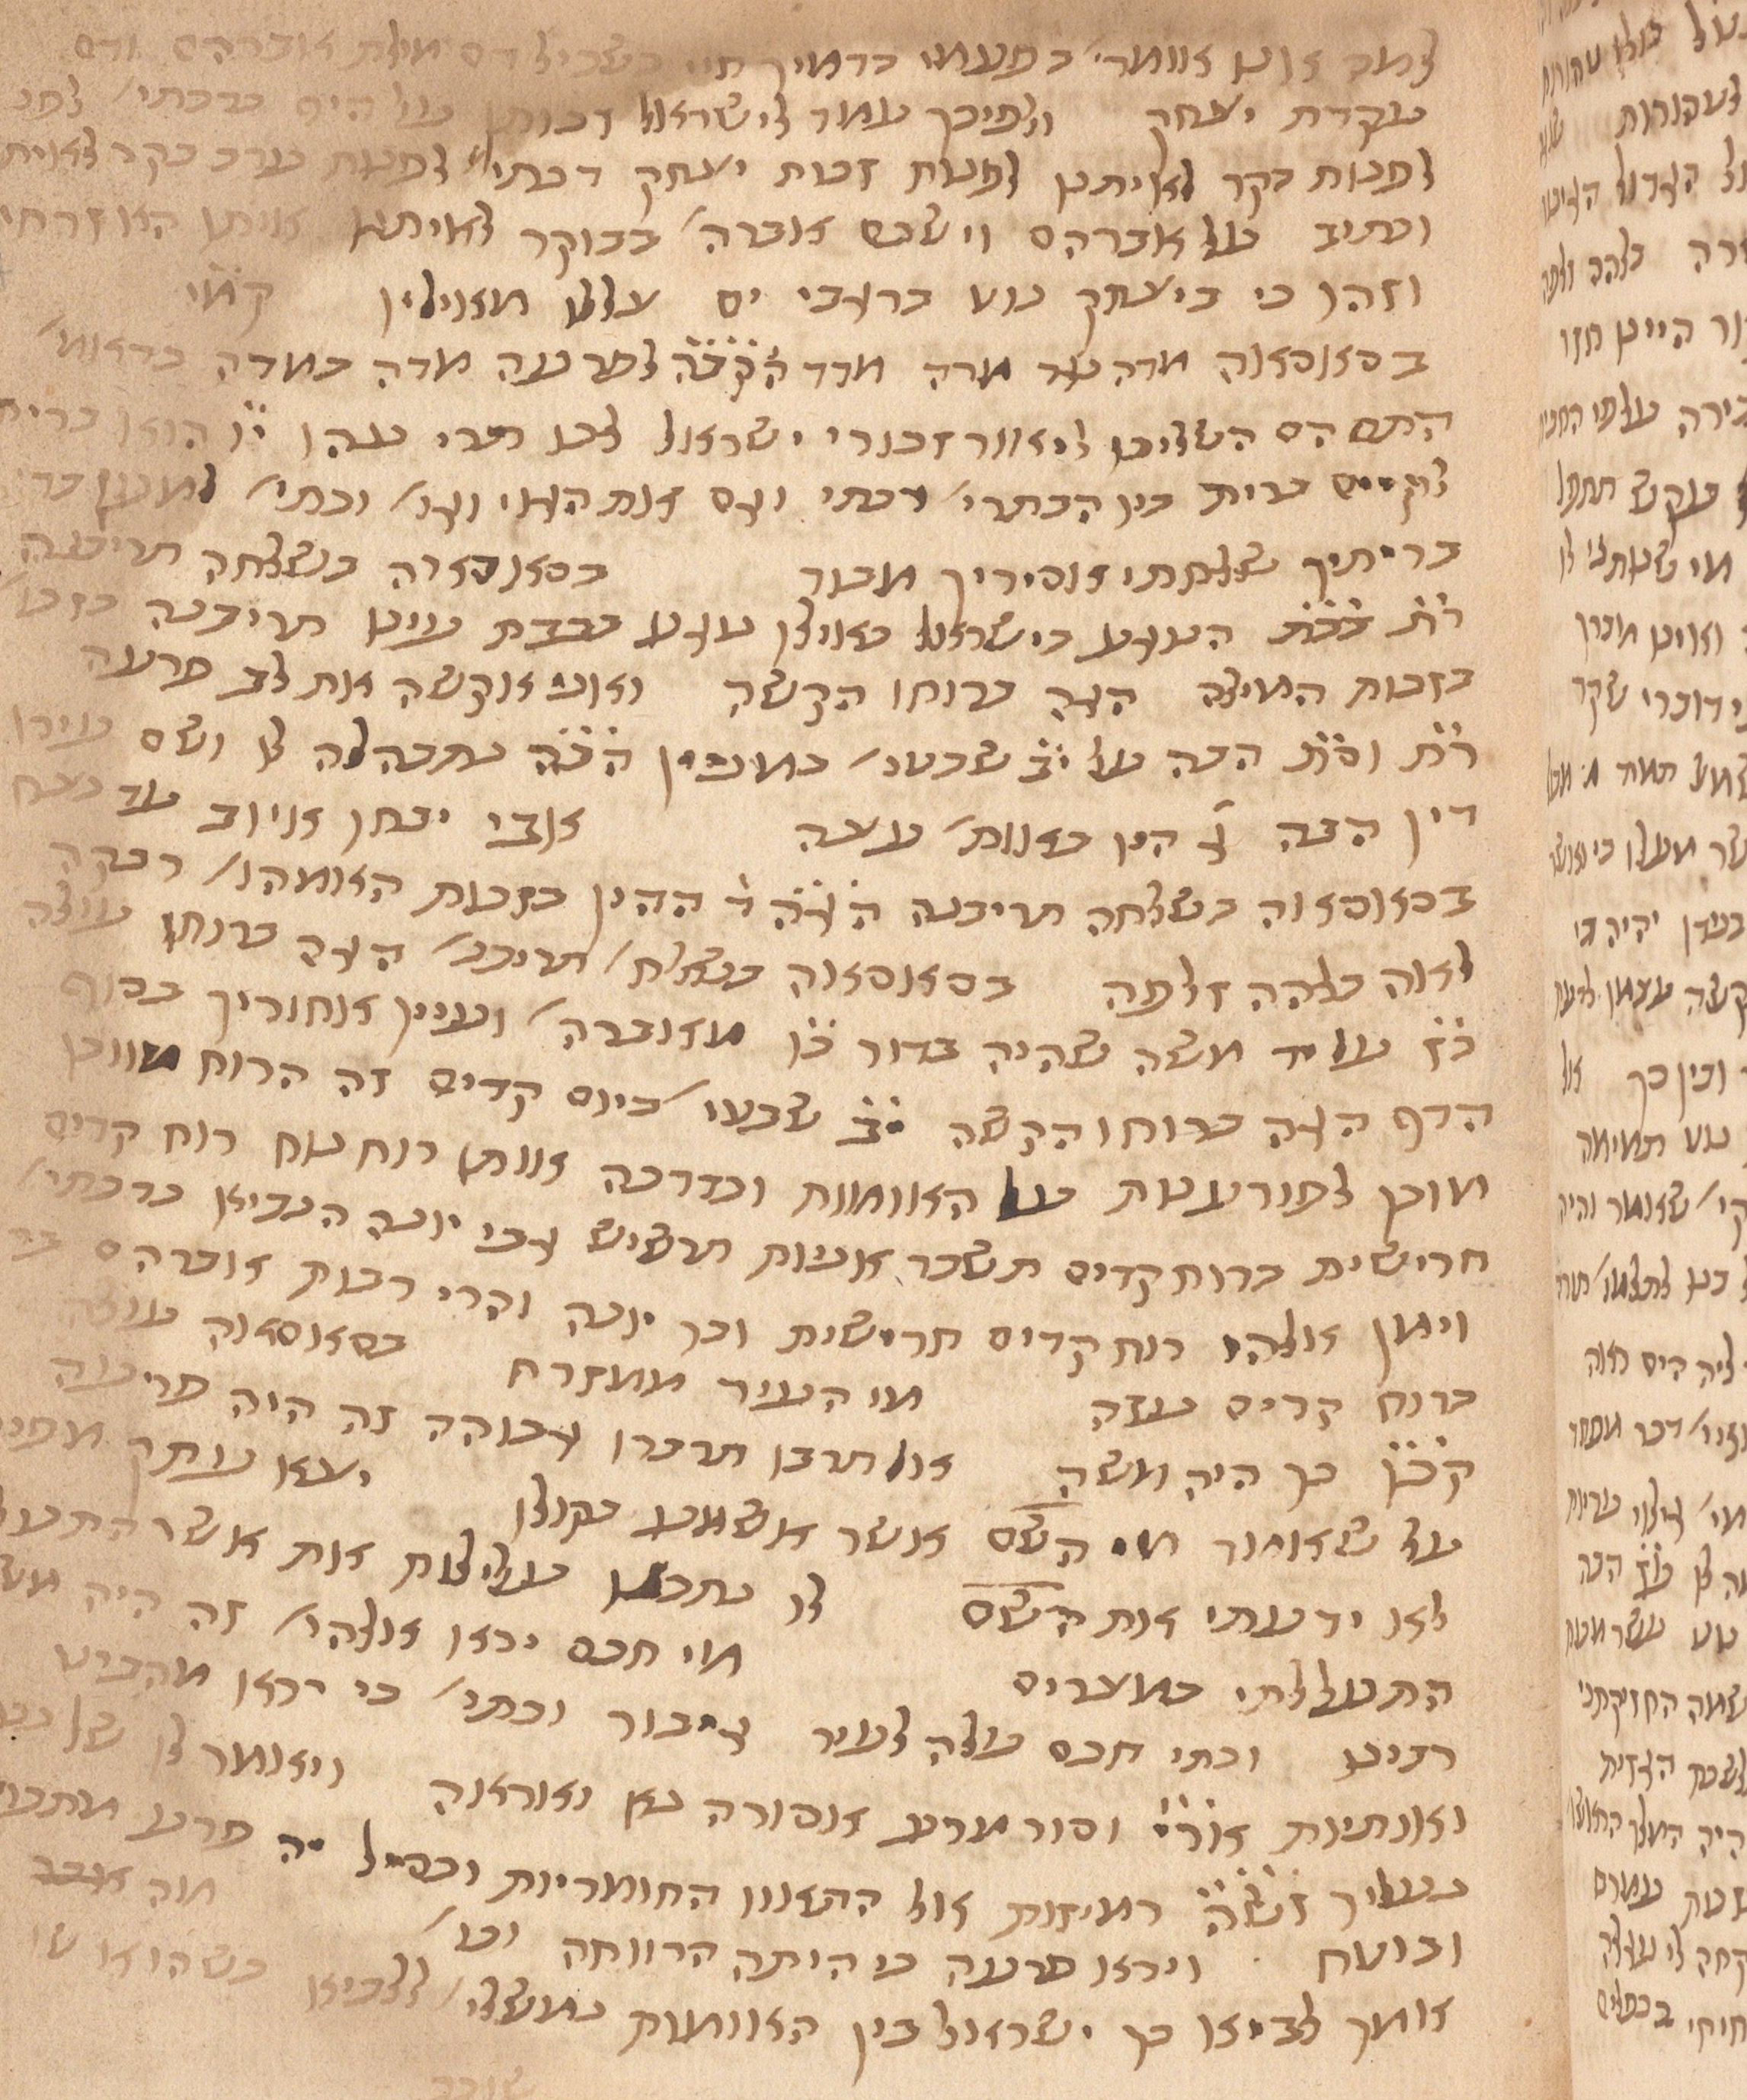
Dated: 1435–1465